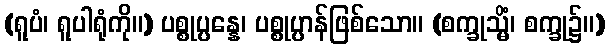
(ရူပံ၊ ရူပါရုံကို။) ပစ္စုပ္ပန္နေ၊ ပစ္စုပ္ပာန်ဖြစ်သော။ (စက္ခုသ္မိံ၊ စက္ခု၌။)